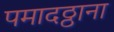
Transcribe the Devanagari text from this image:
पमादठ्ठाना